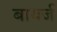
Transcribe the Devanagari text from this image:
बायर्ज